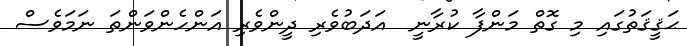
ޙަޤީޤަތުގައި މި ގޮތް މަންފާ ކުރާނީ  އަދަބުވެރި ދީންވެރި އަންހެންވަންތަ ނަމަވެސް